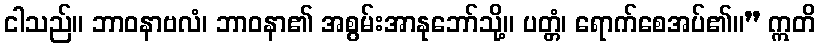
ငါသည်။ ဘာဝနာဗလံ၊ ဘာဝနာ၏ အစွမ်းအာနုဘော်သို့။ ပတ္တံ၊ ရောက်စေအပ်၏။” ဣတိ